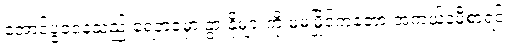
အောင်ပွဲခံနေသည့် ရေဘဝဲမှာ နွားနို့များကို မမမြိုင်ကတော့ အကယ်ဒမီစာရင်း